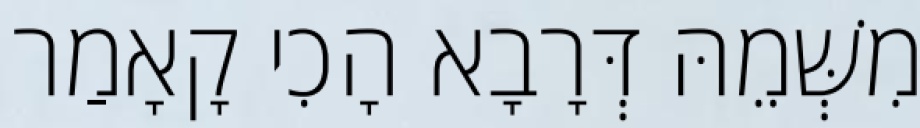
מִשְּׁמֵהּ דְּרָבָא הָכִי קָאָמַר